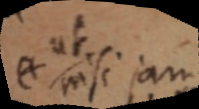
nisi jam